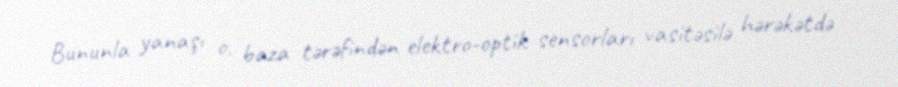
Bununla yanaşı o, baza tərəfindən elektro-optik sensorları vasitəsilə hərəkətdə